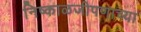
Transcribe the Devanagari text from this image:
निष्काळजीपणाच्या